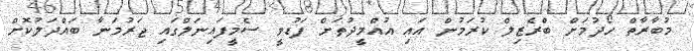
މުބާރާތް ހޯދުމަށް ބްރެޒިލް ކުރަމުން އައި އުއްމީދުތަށް ފަޑުވީ ސެމީފައިނަލްގައި ޖަރުމަނާ ބައްދަލުކޮށް